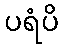
ပရံပိ